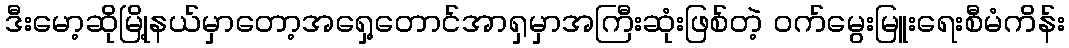
ဒီးမော့ဆိုမြို့နယ်မှာတော့အရှေ့တောင်အာရှမှာအကြီးဆုံးဖြစ်တဲ့ ဝက်မွေးမြူးရေးစီမံကိန်း